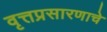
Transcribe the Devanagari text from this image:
वृत्तप्रसारणाचे